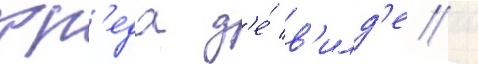
фр'еда д'е́ в'илд'е /